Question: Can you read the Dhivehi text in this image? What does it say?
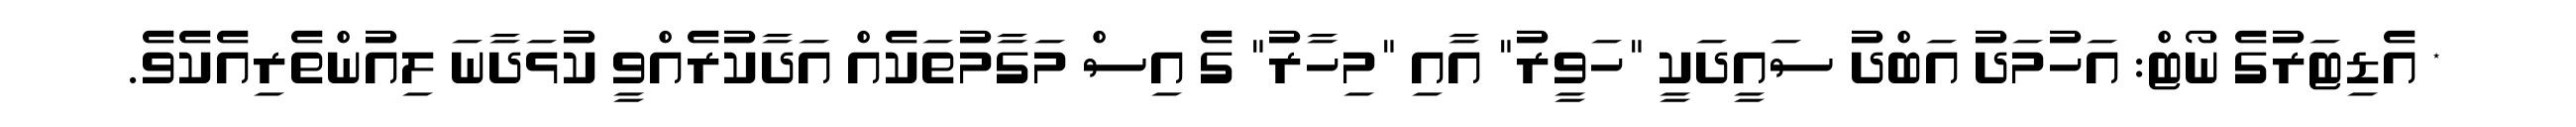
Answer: * އެޑިޓަރުގެ ނޯޓް: އަހުމަދު އަބްދު ސައީދަކީ "ހަވީރު" އާއި "މިހާރު" ގެ އިސް މަގާމުތަކެއް އަދާކުރެއްވީ ކުޅަދާނަ ލިއުންތެރިއެކެވެ.